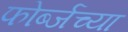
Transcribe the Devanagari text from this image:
फोर्ब्जच्या